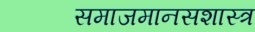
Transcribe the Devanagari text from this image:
समाजमानसशास्त्र